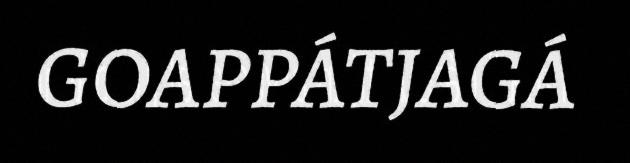
GOAPPÁTJAGÁ